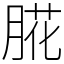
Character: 㬸